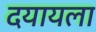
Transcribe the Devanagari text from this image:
दयायला